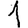
Digit: 1